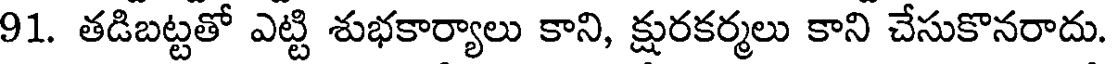
91. తడిబట్టతో ఎట్టి శుభకార్యాలు కాని, క్షురకర్మలు కాని చేసుకొనరాదు.